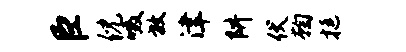
臣倪啜放津阱伏鞠挺